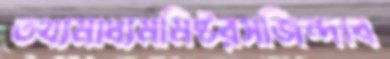
তথ্যমাধ্যমমিষ্টরসজিন্দাব